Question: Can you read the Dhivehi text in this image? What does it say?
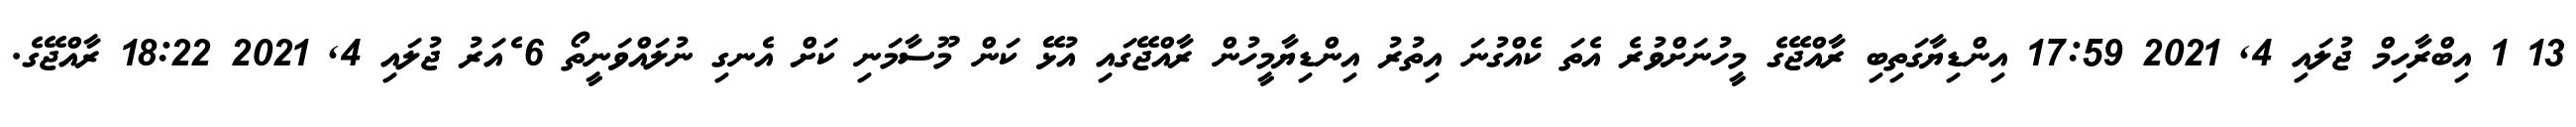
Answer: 13 1 އިބްރާހިމް ޖުލައި 4, 2021 17:59 އިންޑިޔާގަތިބި ރާއްޖޭގެ މީހުނަށްވުރެ އެތަ ކެއްގުނަ އިތުރު އިންޑިޔާމީހުން ރާއްޖޭގައި އުޅޭ ކަން މޫސާމަނި ކަށް އެނގި ނުލައްވަނީތޯ 6 ެއަރު ޖުލައި 4, 2021 18:22 ރާއްޖޭގެ.